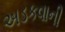
અડકવાની